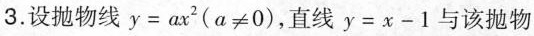
3.设抛物线y=ax2(α≠0)，直线y=x-1与该抛物